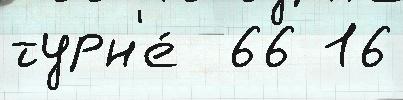
турн'е́  66 16